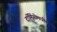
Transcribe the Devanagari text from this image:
दॉमिंगोमधील